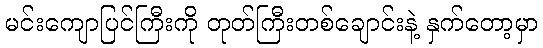
မင်းကျောပြင်ကြီးကို တုတ်ကြီးတစ်ချောင်းနဲ့ နှက်တော့မှာ